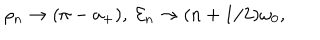
\rho _ { n } \rightarrow ( \pi - a _ { + } ) , \ { \cal E } _ { n } \rightarrow ( n + 1 / 2 ) \omega _ { 0 } ,